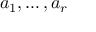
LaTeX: a _ { 1 } , \ldots , a _ { r }